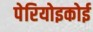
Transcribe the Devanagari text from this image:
पेरियोइकोई